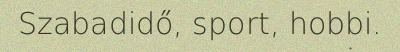
Szabadidő, sport, hobbi.